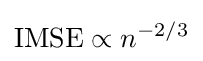
{\text{IMSE}}\propto n^{-2/3}